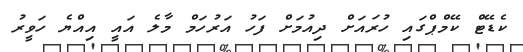
ކެޑޭޓް ކޭމްޕްގައި ހުރައަށް ދިއުމަށް ފަހު އަރުހަމް މާލެ އައީ އިއްޔެ ހަވީރު